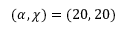
( \alpha , \chi ) = ( 2 0 , 2 0 )